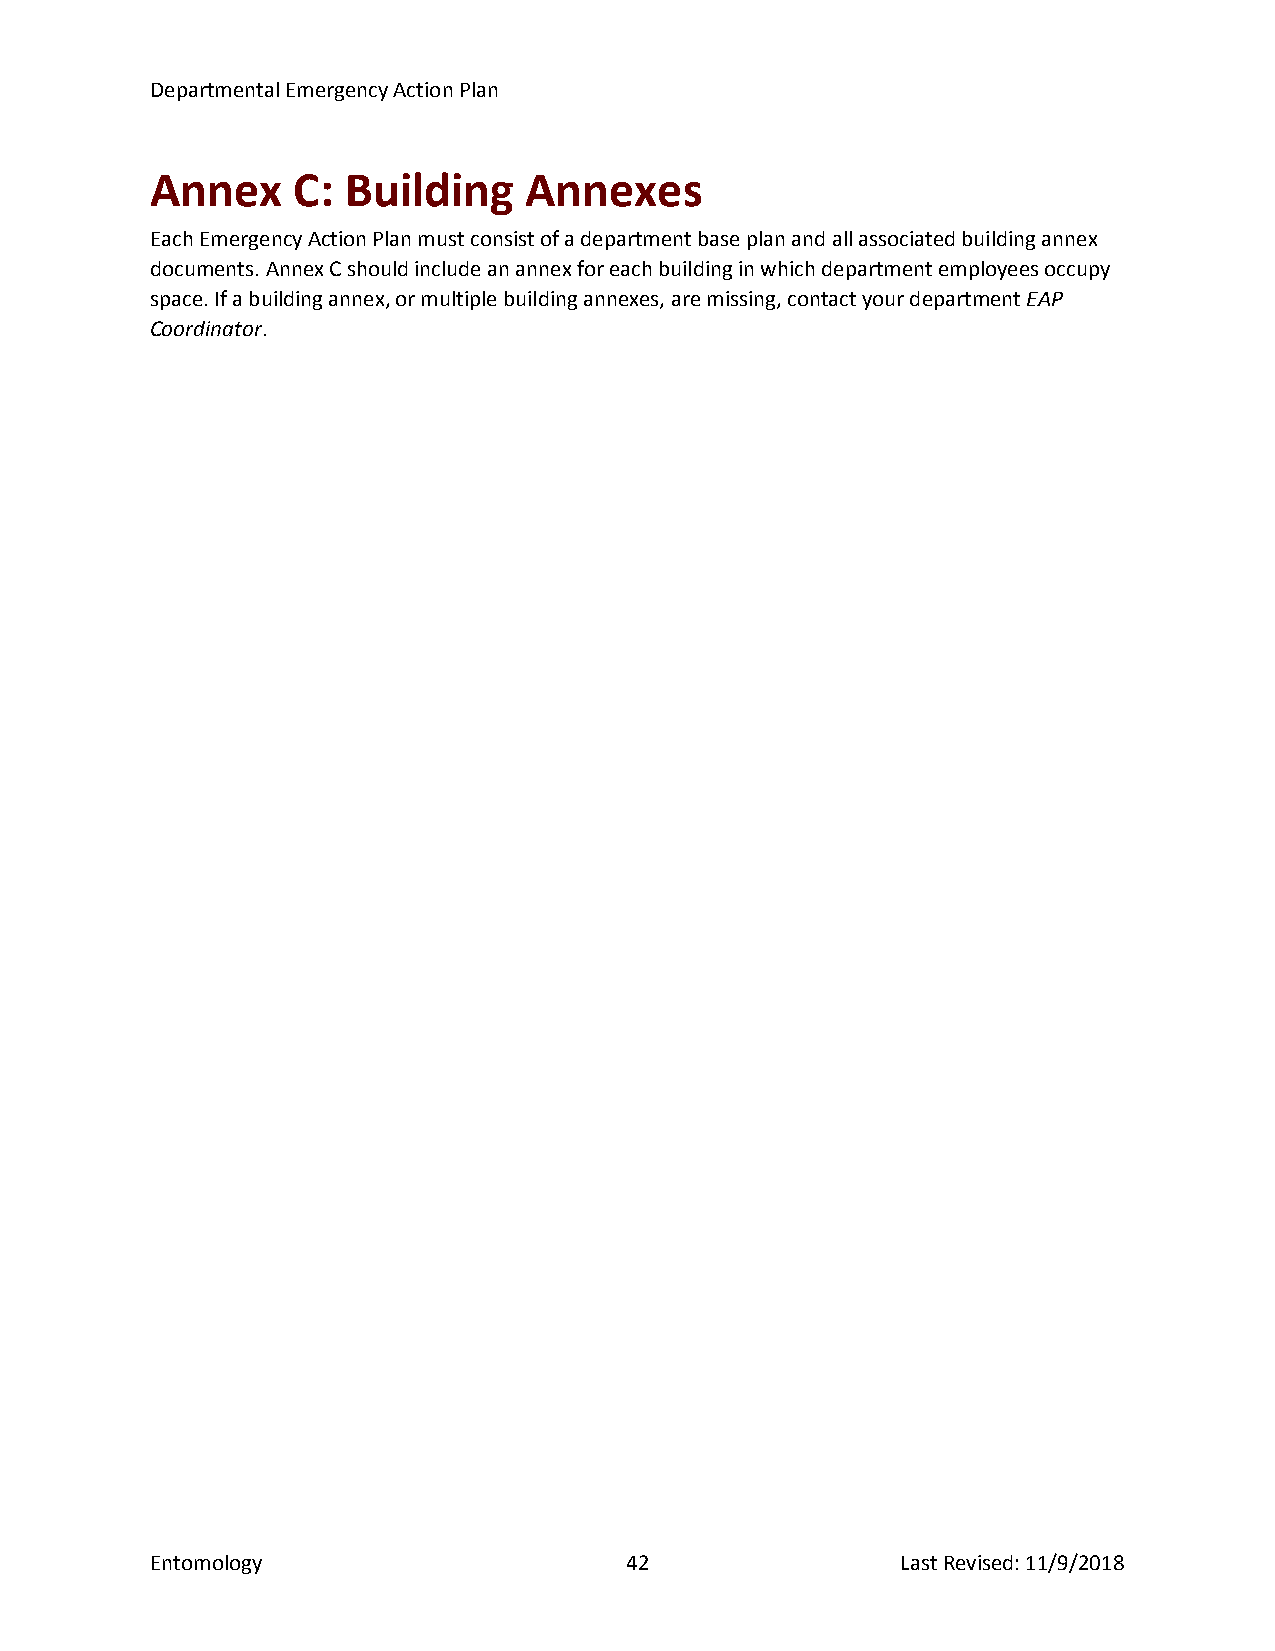
Departmental Emergency Action Plan
 Annex    C:  Building    Annexes
 Each Emergency Action Plan must consist of a department base plan and all associated building annex
 documents. Annex C should include an annex for each building in which department employees occupy
 space. If a building annex, or multiple building annexes, are missing, contact your department EAP
 Coordinator.
 Entomology                     42                 Last Revised: 11/9/2018